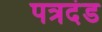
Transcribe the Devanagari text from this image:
पत्रदंड